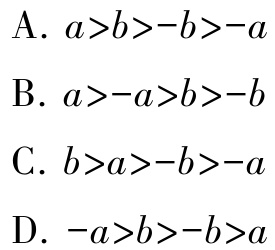
A. \(a > b > -b > -a\)
B. \(a > -a > b > -b\)
C. \(b > a > -b > -a\)
D. \(-a > b > -b > a\)